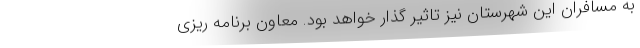
به مسافران این شهرستان نیز تاثیر گذار خواهد بود. معاون برنامه ریزی